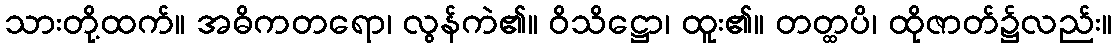
သားတို့ထက်။ အဓိကတရော၊ လွန်ကဲ၏။ ဝိသိဋ္ဌော၊ ထူး၏။ တတ္ထပိ၊ ထိုဇာတ်၌လည်း။